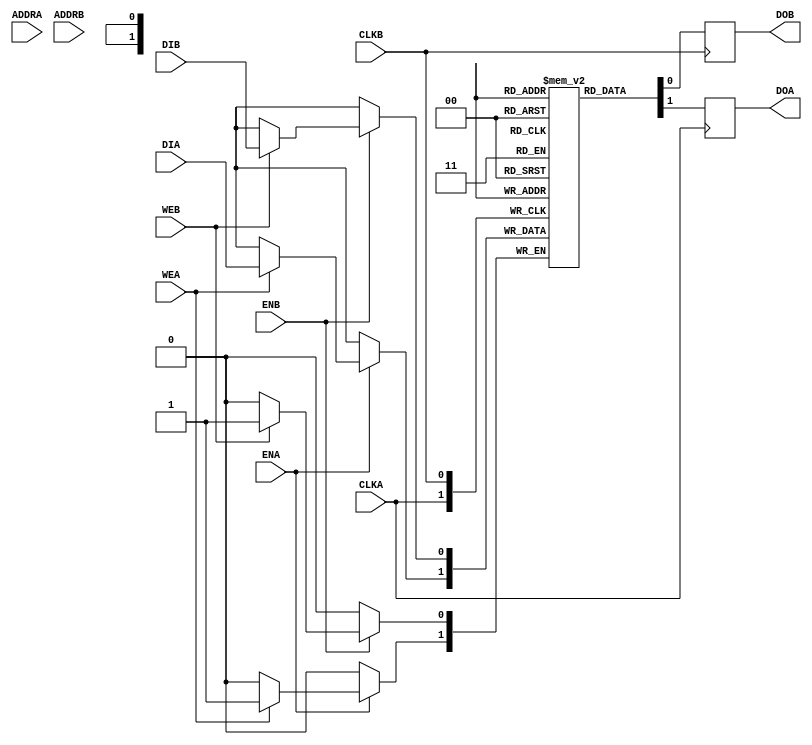

// Copyright (c) 2000-2009 Bluespec, Inc.

// Permission is hereby granted, free of charge, to any person obtaining a copy
// of this software and associated documentation files (the "Software"), to deal
// in the Software without restriction, including without limitation the rights
// to use, copy, modify, merge, publish, distribute, sublicense, and/or sell
// copies of the Software, and to permit persons to whom the Software is
// furnished to do so, subject to the following conditions:

// The above copyright notice and this permission notice shall be included in
// all copies or substantial portions of the Software.

// THE SOFTWARE IS PROVIDED "AS IS", WITHOUT WARRANTY OF ANY KIND, EXPRESS OR
// IMPLIED, INCLUDING BUT NOT LIMITED TO THE WARRANTIES OF MERCHANTABILITY,
// FITNESS FOR A PARTICULAR PURPOSE AND NONINFRINGEMENT. IN NO EVENT SHALL THE
// AUTHORS OR COPYRIGHT HOLDERS BE LIABLE FOR ANY CLAIM, DAMAGES OR OTHER
// LIABILITY, WHETHER IN AN ACTION OF CONTRACT, TORT OR OTHERWISE, ARISING FROM,
// OUT OF OR IN CONNECTION WITH THE SOFTWARE OR THE USE OR OTHER DEALINGS IN
// THE SOFTWARE.
//
// $Revision: 24080 $
// $Date: 2011-05-18 19:32:52 +0000 (Wed, 18 May 2011) $

`ifdef BSV_ASSIGNMENT_DELAY
`else
 `define BSV_ASSIGNMENT_DELAY
`endif

// Dual-Ported BRAM (READ FIRST)
module BRAM2(CLKA,
             ENA,
             WEA,
             ADDRA,
             DIA,
             DOA,
             CLKB,
             ENB,
             WEB,
             ADDRB,
             DIB,
             DOB
             );

   parameter                      PIPELINED  = 0;
   parameter                      ADDR_WIDTH = 1;
   parameter                      DATA_WIDTH = 1;
   parameter                      MEMSIZE    = 1;

   input                          CLKA;
   input                          ENA;
   input                          WEA;
   input [ADDR_WIDTH-1:0]         ADDRA;
   input [DATA_WIDTH-1:0]         DIA;
   output [DATA_WIDTH-1:0]        DOA;

   input                          CLKB;
   input                          ENB;
   input                          WEB;
   input [ADDR_WIDTH-1:0]         ADDRB;
   input [DATA_WIDTH-1:0]         DIB;
   output [DATA_WIDTH-1:0]        DOB;

   reg [DATA_WIDTH-1:0]           RAM[0:MEMSIZE-1] /* synthesis syn_ramstyle="no_rw_check" */ ;
   reg [DATA_WIDTH-1:0]           DOA_R;
   reg [DATA_WIDTH-1:0]           DOB_R;
   reg [DATA_WIDTH-1:0]           DOA_D1_R;
   reg [DATA_WIDTH-1:0]           DOB_D1_R;

`ifdef BSV_NO_INITIAL_BLOCKS
`else
   // synopsys translate_off
   integer                        i;
   initial
   begin : init_block
      for (i = 0; i < MEMSIZE; i = i + 1) begin
         RAM[i] = { ((DATA_WIDTH+1)/2) { 2'b10 } };
      end
      DOA_R = { ((DATA_WIDTH+1)/2) { 2'b10 } };
      DOB_R = { ((DATA_WIDTH+1)/2) { 2'b10 } };
      DOA_D1_R = { ((DATA_WIDTH+1)/2) { 2'b10 } };
      DOB_D1_R = { ((DATA_WIDTH+1)/2) { 2'b10 } };
   end
   // synopsys translate_on
`endif // !`ifdef BSV_NO_INITIAL_BLOCKS

   always @(posedge CLKA) begin
      DOA_R <= `BSV_ASSIGNMENT_DELAY RAM[ADDRA];
      if (ENA) begin
         if (WEA) begin
           RAM[ADDRA] <= `BSV_ASSIGNMENT_DELAY DIA;
	 end
      end
   end

   always @(posedge CLKB) begin
      DOB_R <= `BSV_ASSIGNMENT_DELAY RAM[ADDRB];
      if (ENB) begin
         if (WEB) begin
           RAM[ADDRB] <= `BSV_ASSIGNMENT_DELAY DIB;
	 end
      end
   end

   // Pipeline
   always @(posedge CLKA)
      DOA_D1_R <= DOA_R;

   always @(posedge CLKB)
      DOB_D1_R <= DOB_R;

   // Output drivers
   assign DOA = (PIPELINED) ? DOA_D1_R : DOA_R;
   assign DOB = (PIPELINED) ? DOB_D1_R : DOB_R;

endmodule // BRAM2